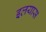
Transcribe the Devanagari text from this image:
इलयास